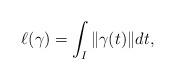
LaTeX: \begin{align*}\ell(\gamma) = \int_I \|\gamma(t)\| dt,\end{align*}